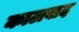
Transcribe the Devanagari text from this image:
कालवाद